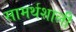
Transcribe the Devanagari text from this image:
सामर्थशाली